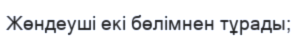
Жөндеуші екі бөлімнен тұрады;